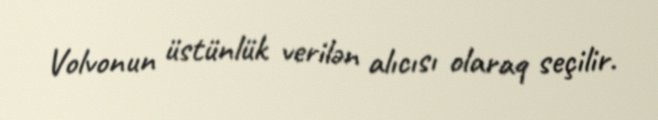
Volvonun üstünlük verilən alıcısı olaraq seçilir.